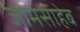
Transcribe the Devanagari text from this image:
जामसाहेब